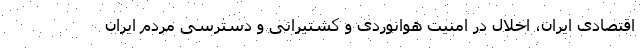
اقتصادی ایران، اخلال در امنیت هوانوردی و کشتیرانی و دسترسی مردم ایران